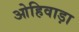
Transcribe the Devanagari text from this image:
ओहिवाड़ा